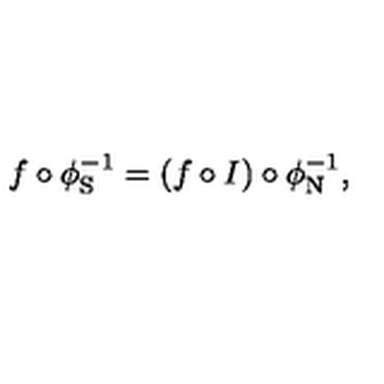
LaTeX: f \circ \phi _ { \mathrm { S } } ^ { - 1 } = ( f \circ I ) \circ \phi _ { \mathrm { N } } ^ { - 1 } ,